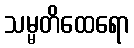
သမ္မတိထေရော